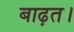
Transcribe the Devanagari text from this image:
बाढ़त।